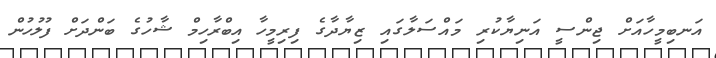
އަނބިމީހާއަށް ޖިންސީ އަނިޔާކުރި މައްސަލާގައި ޒިޔާދާގެ ފިރިމީހާ އިބްރާހިމް ޝާހުގެ ބަންދަށް ފުލުހުން